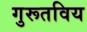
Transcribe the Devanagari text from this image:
गुरूतविय